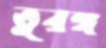
তুরঙ্গ